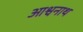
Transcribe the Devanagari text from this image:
आश्वनाथ